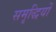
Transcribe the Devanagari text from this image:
समृद्धियों